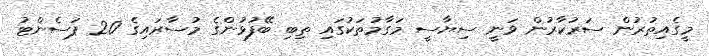
މީގެއިތުރުން ސަރުކާރުން ވަނީ ސިޔާސީ މަގާމުތަކުގައި ތިބި ބޭފުޅުންގެ މުސާރައިގެ 20 ޕަސެންޓު